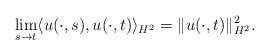
\begin{align*} \lim_{s\rightarrow t}\langle u(\cdot,s), u(\cdot,t)\rangle_{H^{2}} = \|u(\cdot,t)\|_{H^{2}}^{2}.\end{align*}